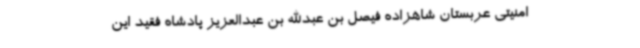
امنیتی عربستان شاهزاده فیصل بن عبدالله بن عبدالعزیز پادشاه فقید این